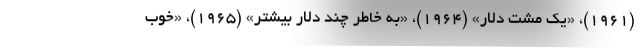
(۱۹۶۱)، «یک مشت دلار» (۱۹۶۴)، «به خاطر چند دلار بیشتر» (۱۹۶۵)، «خوب